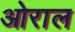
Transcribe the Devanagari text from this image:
ओराल